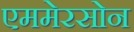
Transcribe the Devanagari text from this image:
एममेरसोन